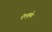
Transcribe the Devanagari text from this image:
ऐल्वुमेन